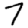
Digit: 7